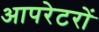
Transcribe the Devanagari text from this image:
आपरेटरों